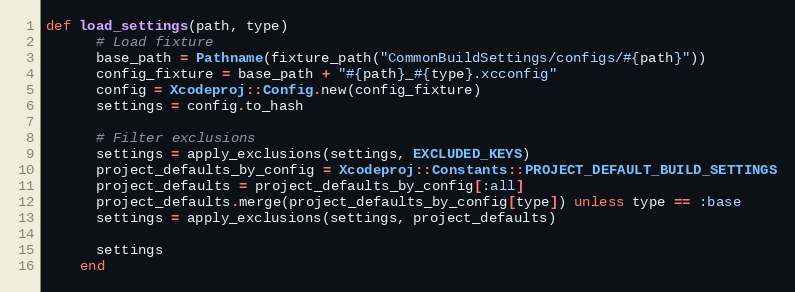
Language: Ruby
def load_settings(path, type)
      # Load fixture
      base_path = Pathname(fixture_path("CommonBuildSettings/configs/#{path}"))
      config_fixture = base_path + "#{path}_#{type}.xcconfig"
      config = Xcodeproj::Config.new(config_fixture)
      settings = config.to_hash

      # Filter exclusions
      settings = apply_exclusions(settings, EXCLUDED_KEYS)
      project_defaults_by_config = Xcodeproj::Constants::PROJECT_DEFAULT_BUILD_SETTINGS
      project_defaults = project_defaults_by_config[:all]
      project_defaults.merge(project_defaults_by_config[type]) unless type == :base
      settings = apply_exclusions(settings, project_defaults)

      settings
    end